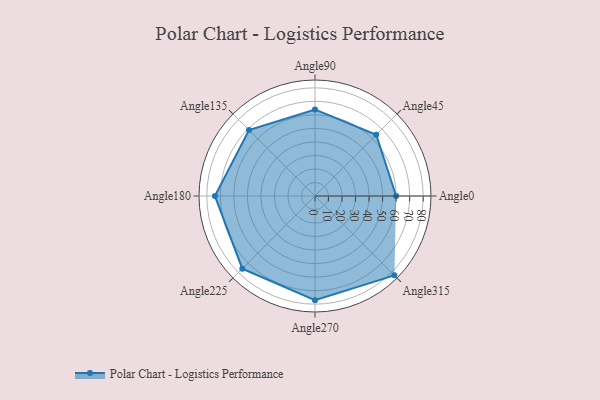
{"axis": {"x": "Angle", "y": "Radius"}, "legend": [""], "data": [{"x": "Angle0", "y": 60.0, "type": ""}, {"x": "Angle45", "y": 64.0, "type": ""}, {"x": "Angle90", "y": 64.0, "type": ""}, {"x": "Angle135", "y": 69.0, "type": ""}, {"x": "Angle180", "y": 74.0, "type": ""}, {"x": "Angle225", "y": 76.0, "type": ""}, {"x": "Angle270", "y": 77.0, "type": ""}, {"x": "Angle315", "y": 83.0, "type": ""}]}